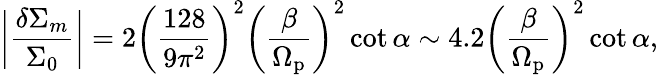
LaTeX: \bigg\vert\frac{\delta\Sigma_{m}}{\Sigma_{0}}\bigg\vert=2\left(\frac{128}{9\pi^{2}}\right)^{2}\left(\frac{\beta}{\Omega_{\mathrm{p}}}\right)^{2}\cot\alpha\sim 4.2\left(\frac{\beta}{\Omega_{\mathrm{p}}}\right)^{2}\cot\alpha,